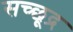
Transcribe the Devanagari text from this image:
सच्छूद्र